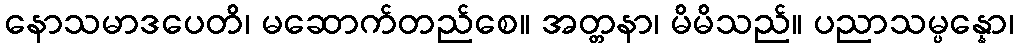
နောသမာဒပေတိ၊ မဆောက်တည်စေ။ အတ္တနာ၊ မိမိသည်။ ပညာသမ္ပန္နော၊